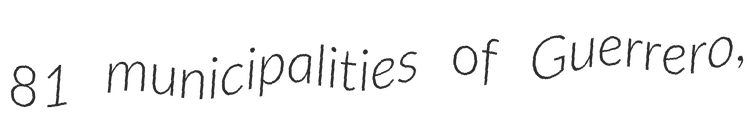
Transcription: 81 municipalities of Guerrero,